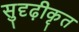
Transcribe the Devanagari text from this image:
सुदृढ़ीकृत